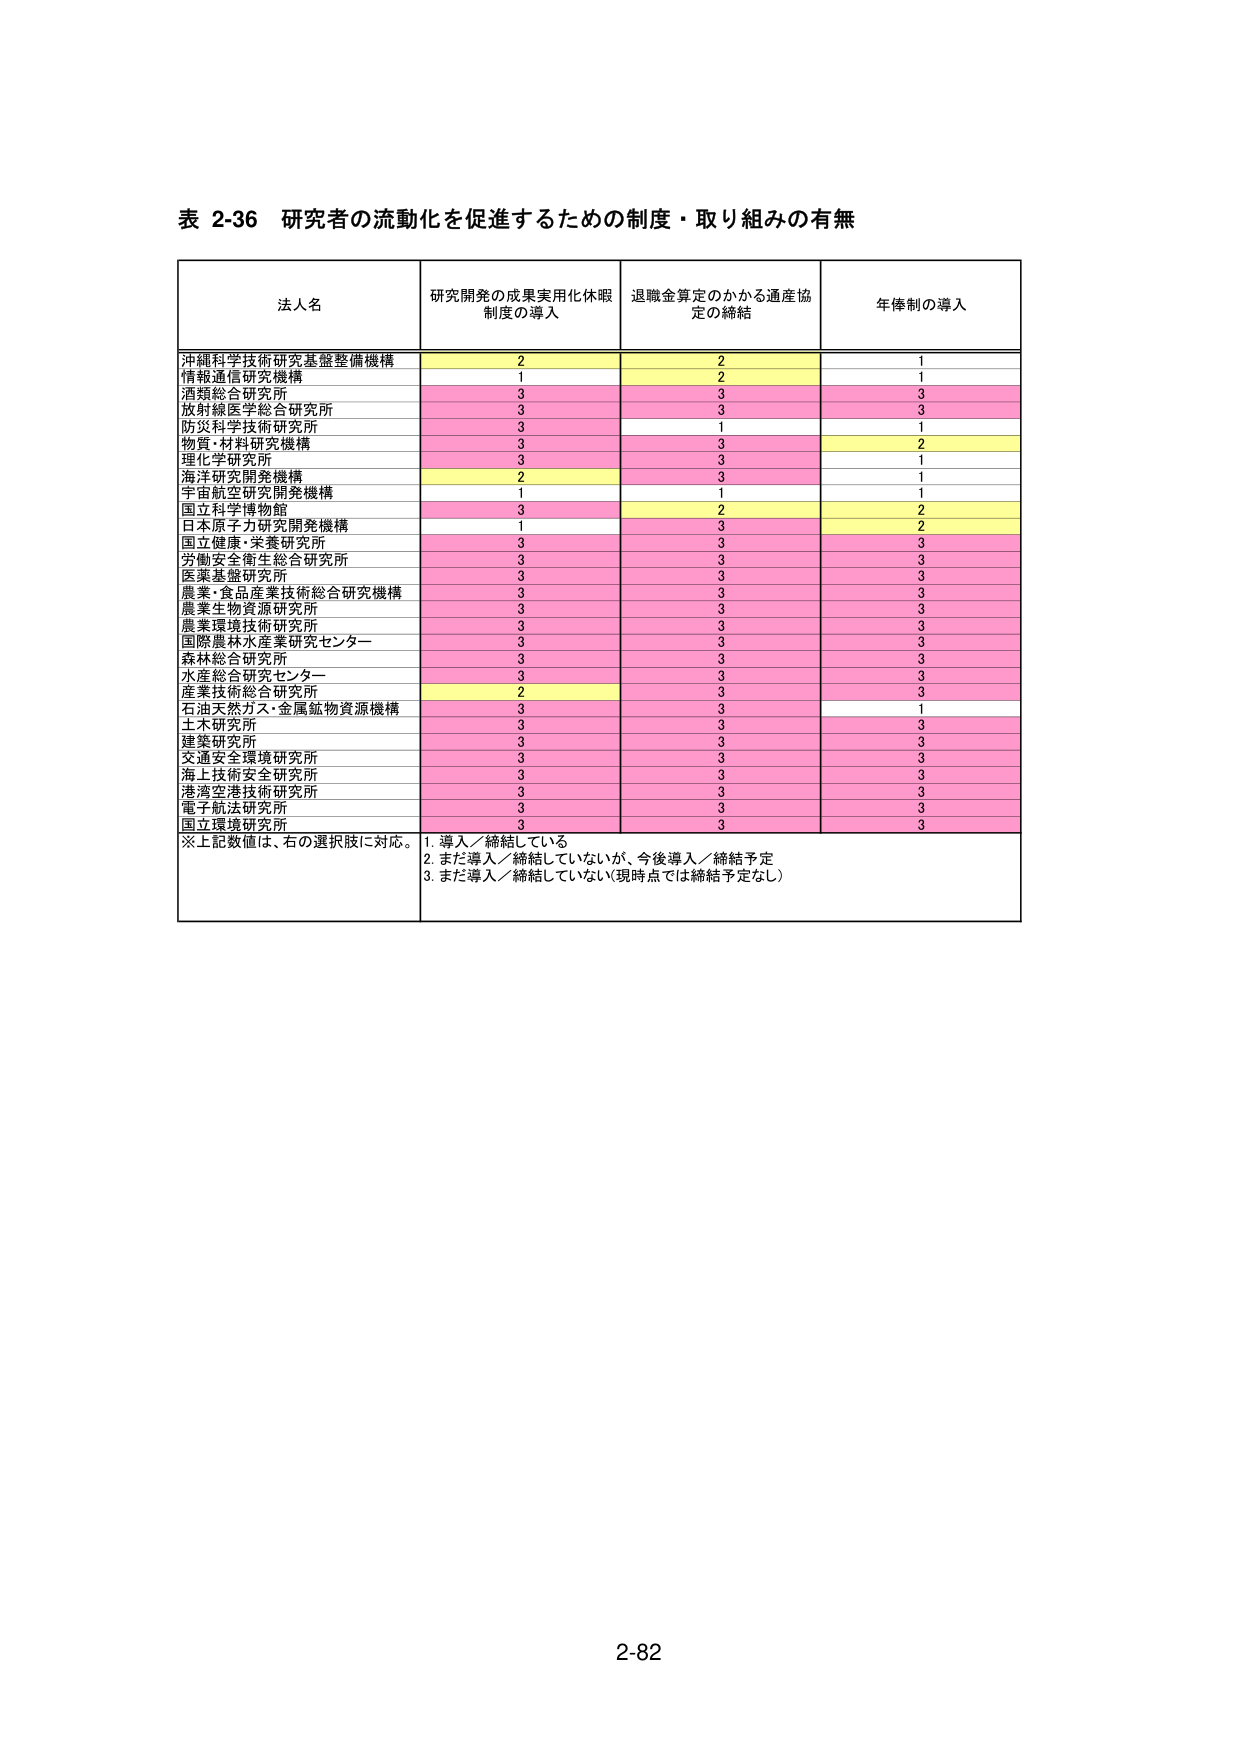
表 2-36 研究者の流動化を促進するための制度・取り組みの有無

法人名 研究開発の成果実用化休暇制度の導入 退職金算定のかかる通産協定の締結 年俸制の導入

沖縄科学技術研究基盤整備機構 2 2 1
情報通信研究機構 1 2 1
酒類総合研究所 3 3 3
放射線医学総合研究所 3 3 3
防災科学技術研究所 3 1 1
物質・材料研究機構 3 3 2
理化学研究所 3 3 1
海洋研究開発機構 2 3 1
宇宙航空研究開発機構 1 1 1
国立科学博物館 3 2 2
日本原子力研究開発機構 1 3 2
国立健康・栄養研究所 3 3 3
労働安全衛生総合研究所 3 3 3
医薬基盤研究所 3 3 3
農業・食品産業技術総合研究機構 3 3 3
農業生物資源研究所 3 3 3
農業環境技術研究所 3 3 3
国際農林水産業研究センター 3 3 3
森林総合研究所 3 3 3
水産総合研究センター 3 3 3
産業技術総合研究所 2 3 3
石油天然ガス・金属鉱物資源機構 3 3 1
土木研究所 3 3 3
建築研究所 3 3 3
交通安全環境研究所 3 3 3
海上技術安全研究所 3 3 3
港湾空港技術研究所 3 3 3
電子航法研究所 3 3 3
国立環境研究所 3 3 3

※上記数値は、右の選択肢に対応。
1. 導入／締結している
2. まだ導入／締結していないが、今後導入／締結予定
3. まだ導入／締結していない（現時点では締結予定なし）

2-82